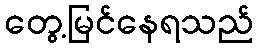
တွေ့မြင်နေရသည်